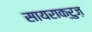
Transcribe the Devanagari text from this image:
सायराक्रुज़